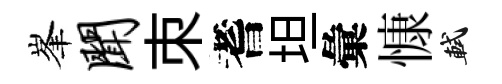
峯闻朿耆坦彙慷軾